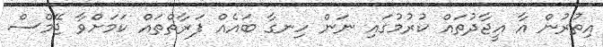
އިތުރުން އާ އީޖާދުތައް ކުރުމުގައި ނަން ހިނގާ ބައެއް ފަރާތްތައް ކަމަށްވާ ޖޭމްސް